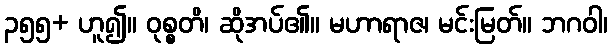
၃၅၅+ ဟူ၍။ ဝုစ္စတိ၊ ဆိုအပ်၏။ မဟာရာဇ၊ မင်းမြတ်။ ဘဂဝါ၊